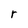
Character: r